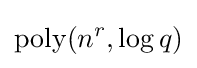
\operatorname {poly} (n^{r},\log q)